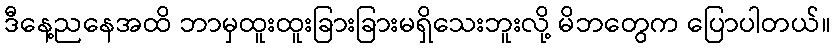
ဒီနေ့ညနေအထိ ဘာမှထူးထူးခြားခြားမရှိသေးဘူးလို့ မိဘတွေက ပြောပါတယ်။